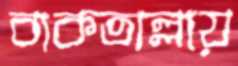
বাকতাল্লায়